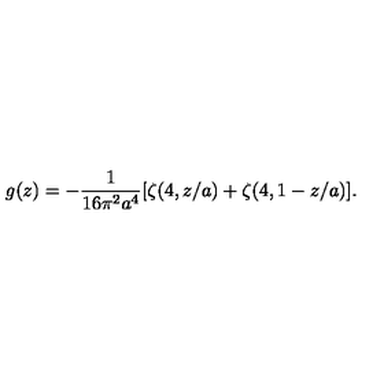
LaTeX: g ( z ) = - \frac { 1 } { 1 6 \pi ^ { 2 } a ^ { 4 } } [ \zeta ( 4 , z / a ) + \zeta ( 4 , 1 - z / a ) ] .